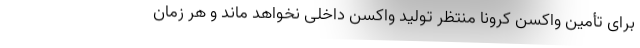
برای تأمین واکسن کرونا منتظر تولید واکسن داخلی نخواهد ماند و هر زمان